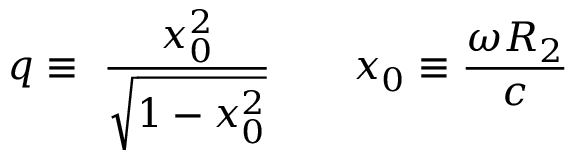
q \equiv \ \frac { x _ { 0 } ^ { 2 } } { \sqrt { 1 - x _ { 0 } ^ { 2 } } } \qquad x _ { 0 } \equiv \frac { \omega R _ { 2 } } c